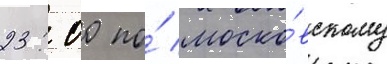
23: 00 по́ моско́вскому